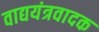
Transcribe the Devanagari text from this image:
वाद्ययंत्रवादक